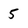
Character: 5